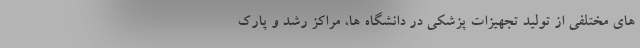
های مختلفی از تولید تجهیزات پزشکی در دانشگاه ها، مراکز رشد و پارک